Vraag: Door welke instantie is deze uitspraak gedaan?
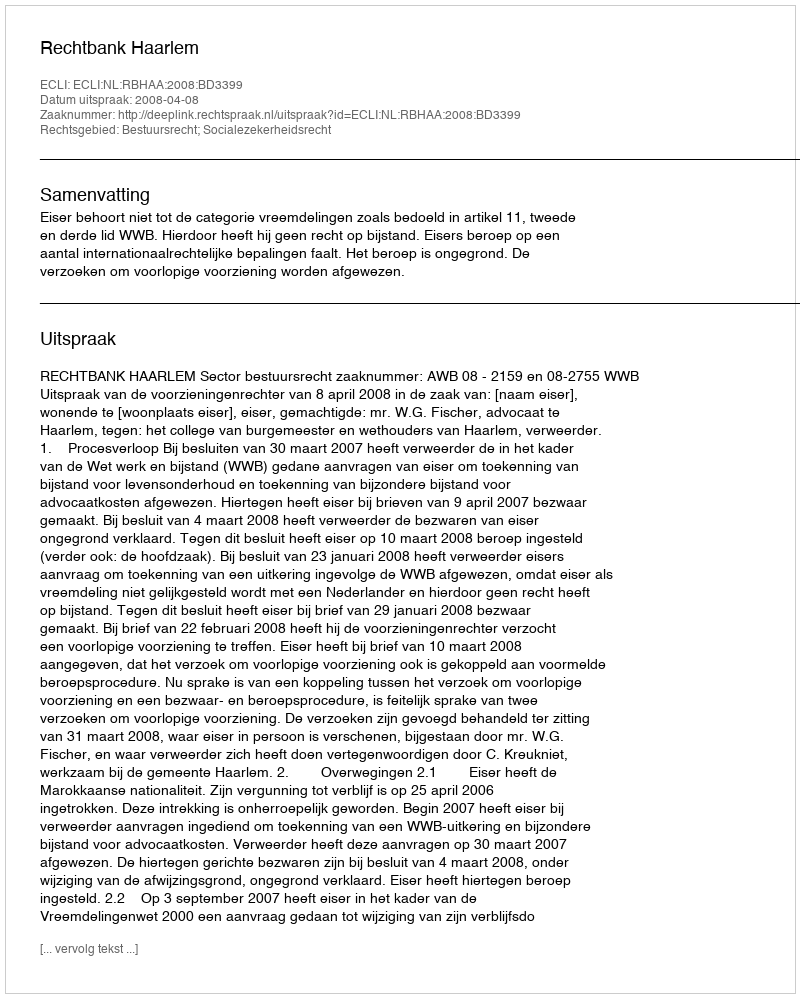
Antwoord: Rechtbank Haarlem